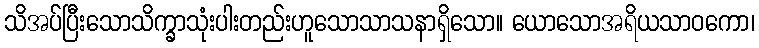
သိအပ်ပြီးသောသိက္ခာသုံးပါးတည်းဟူသောသာသနာရှိသော။ ယောသောအရိယသာဝကော၊